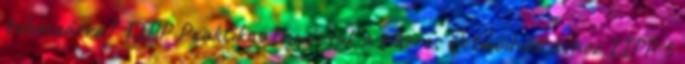
toborzásra? TIPP Praktikus tanácsok a sikeres életmódváltáshoz TIPP 5